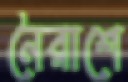
নৈরাশে